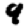
Digit: 9